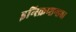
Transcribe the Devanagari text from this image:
इन्स्क्रिप्शन्सचा